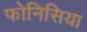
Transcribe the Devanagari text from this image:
फोनिसिया